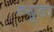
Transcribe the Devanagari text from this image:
न्यूडा